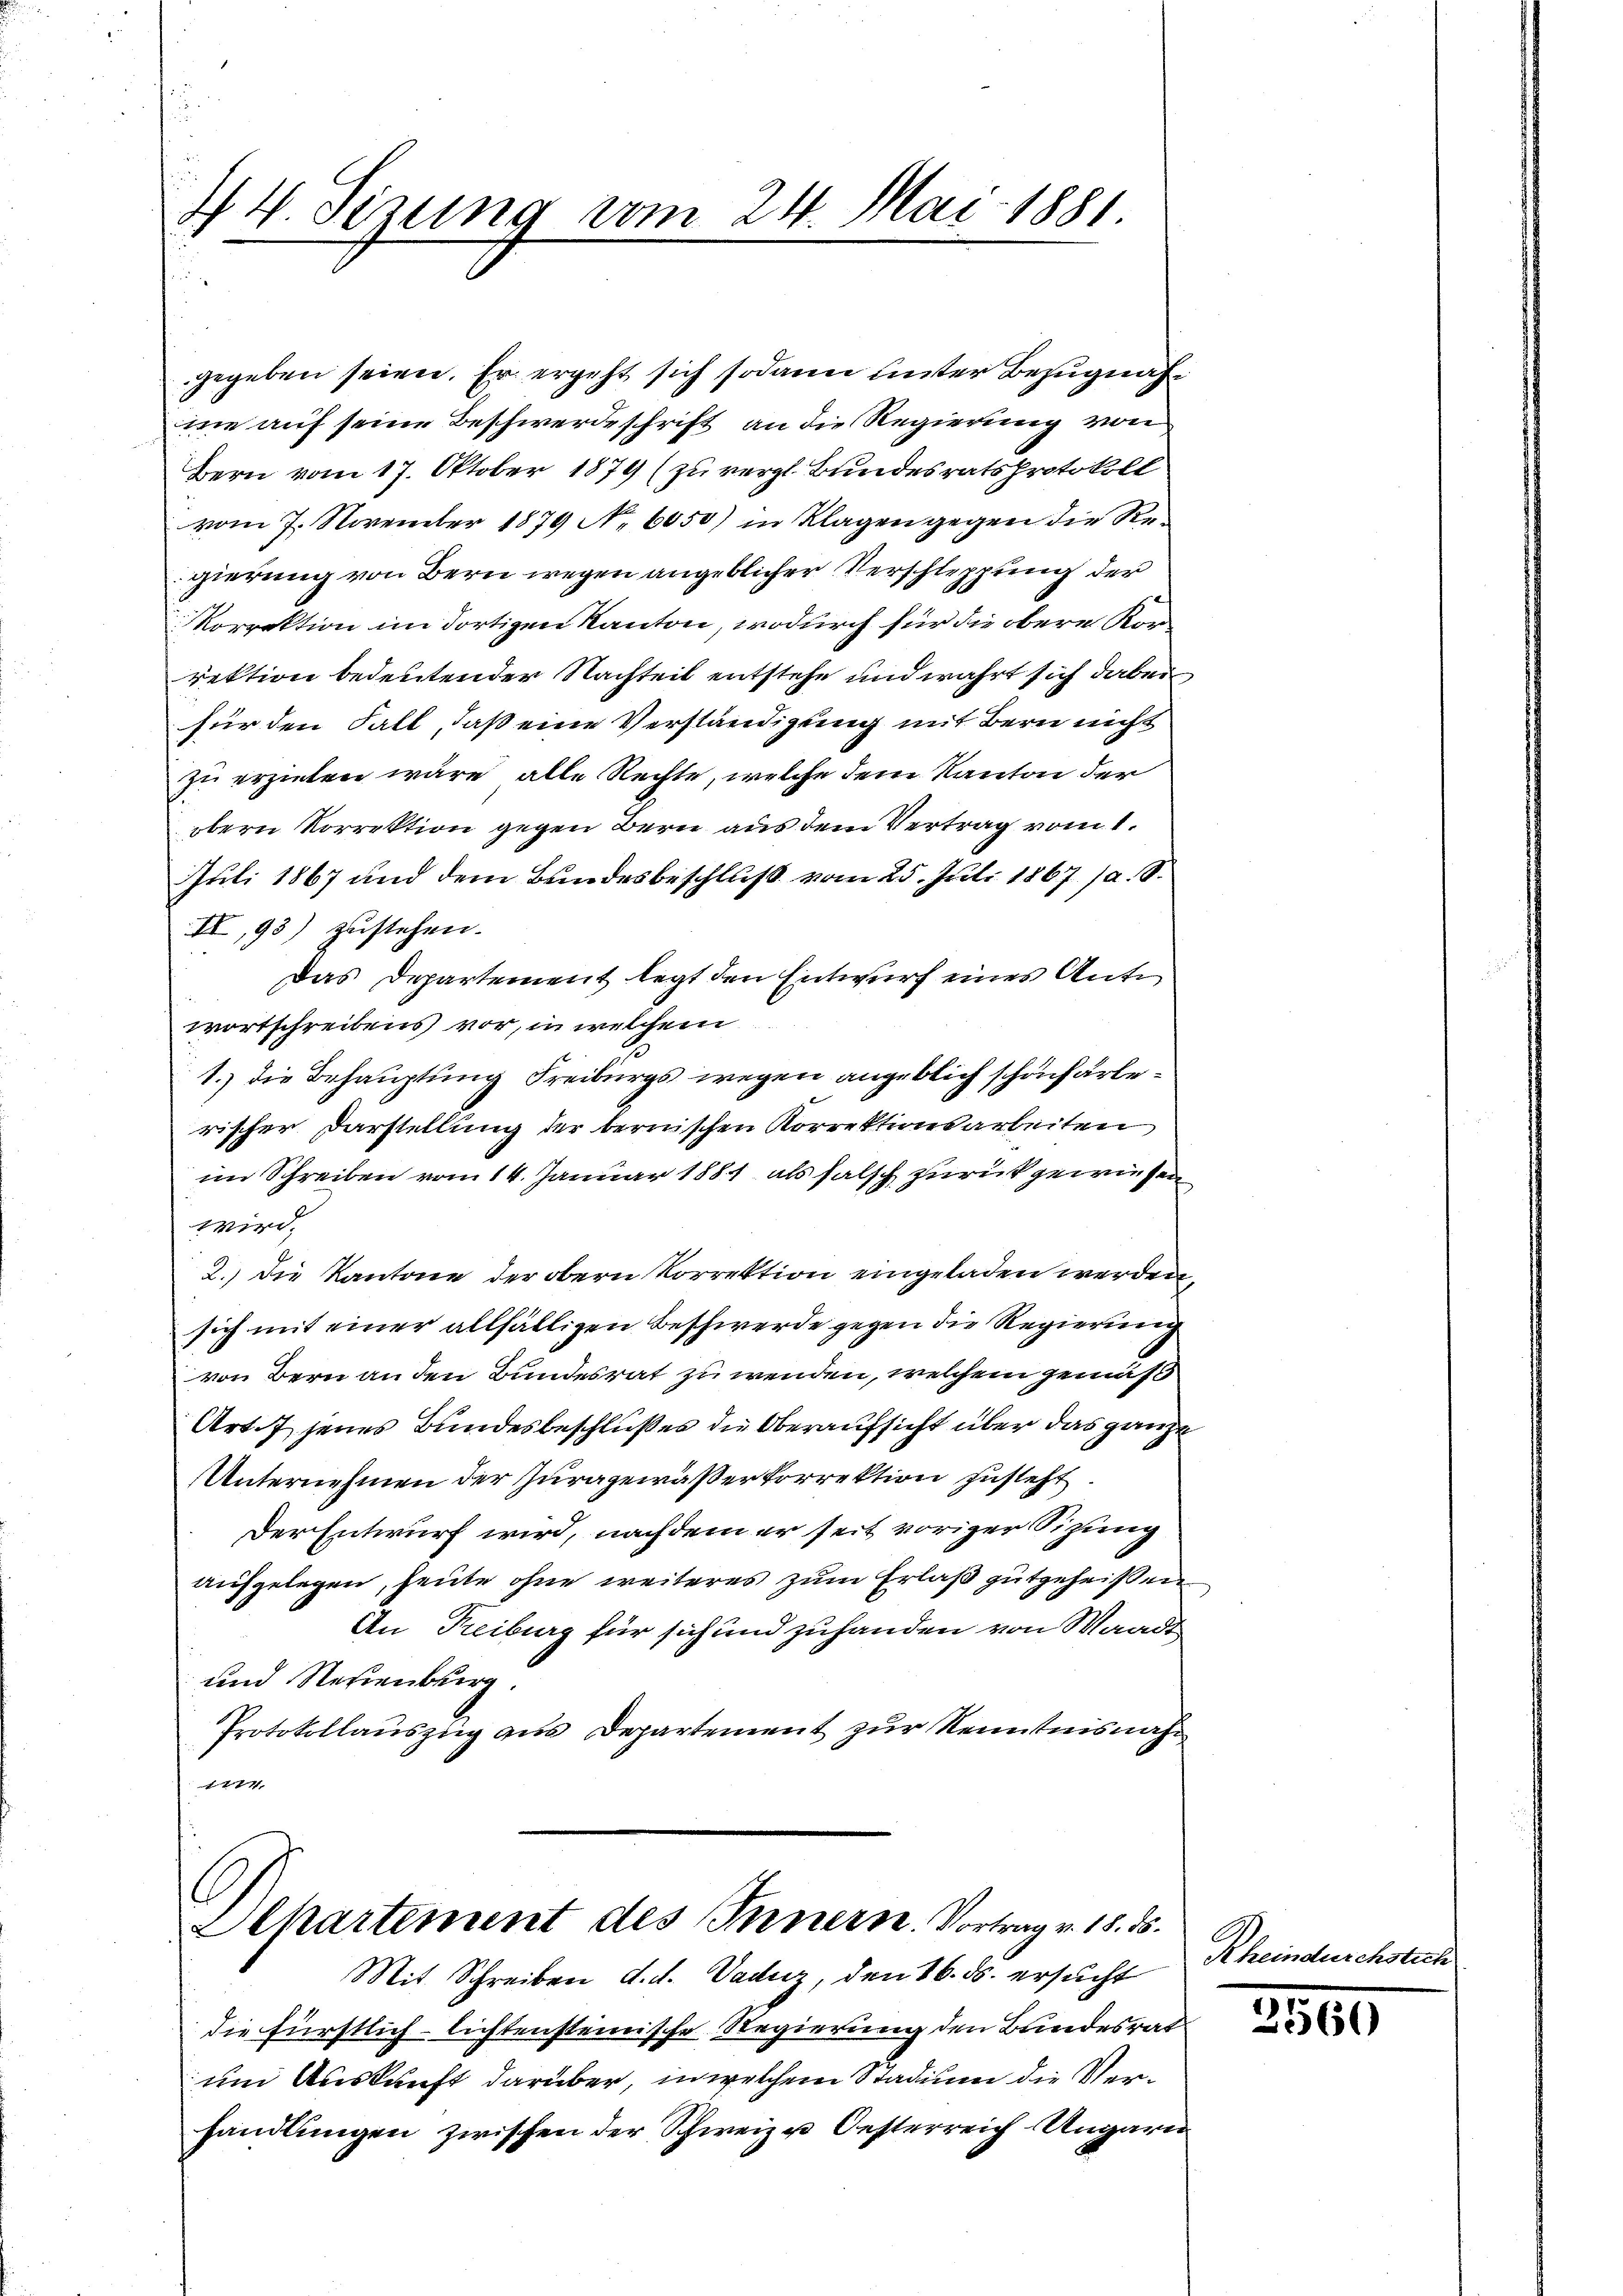
44. Sezung vom 24. Mai 1881.

gegeben seien. Er ergeht sich sodann hinter Bezugnahme auf seine Beschwerdeschrift an die Regierung von
Bern vom 17. Oktober 1879 (zu vergl. Bundesratsprotokoll
vom 7. November 1879 No 6050) in Klagen gegen die Regierung von Bern wegen angeblicher Verschleppung der
Korrektion im dortigen Kanton, wodurch für die obere Korrektion bedeutender Nachteil entstehe und wahrt sich dabei
für den Fall, daß eine Verständigung mit Bern nicht
zu erziehen wäre, alle Rechte, welche dem Kanton der
obern Korrektion gegen Bern aus dem Vertrag vom 1.
Juli 1867 und dem Bundesbeschluß vom 25. Juli 1867 (a. S.
II,93) zustehen.
Das Departement legt den Entwurf eines Ant
wortschreibens vor, in welchem
1.) Die Behauptung Freiburgs wegen angeblich schönfarberischer Darstellung der bernischen Korrektionsarbeiten
im Schreiben vom 14. Januar 1881 als falsch zurückgewiesen
wird.
2.) Die Kantone der obern Korrektion eingeladen werden,
sich mit einer allfälligen Beschwerde gegen die Regierung
von Bern an den Bundesrat zu wenden, welchem gemäß
Art. 7 jenes Bundesbeschlußes die Oberaufsicht über das ganze
Unternehmen der Juragewässerkorrektion zusteht.
Der Entwurf wird, nachdem er seit voriger Sitzung
aufgelegen, heute ohne weiteres zum Erlaß gutgeheißen.
An Freiburg für sich und zuhanden von Waadt
und Neuenburg.
Protokollauszug aus Departement zur Kenntnisnah¬
777

Apartement des Innern. Vortrag v. 18. ds.

um Auskunft darüber, in welchem Stadium die Verhandlungen zwischen der Schweiz u Oesterreich Ungarn

Mit Schreiben d. d. Vaunz, den 16. ds. ersucht
die fürstlich lichtensteinische Regierung den Bundesrat

Rei

3560

stich